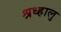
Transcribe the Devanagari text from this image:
श्रध्हालु